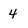
Character: 4